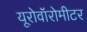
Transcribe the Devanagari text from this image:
यूरोवॉरोमीटर